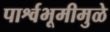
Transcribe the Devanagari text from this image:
पार्श्वभूमीमुळे